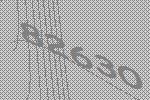
82630